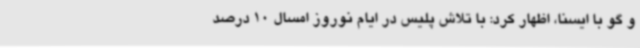
و گو با ایسنا، اظهار کرد: با تلاش پلیس در ایام نوروز امسال 10 درصد